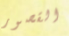
القصور